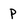
Character: P